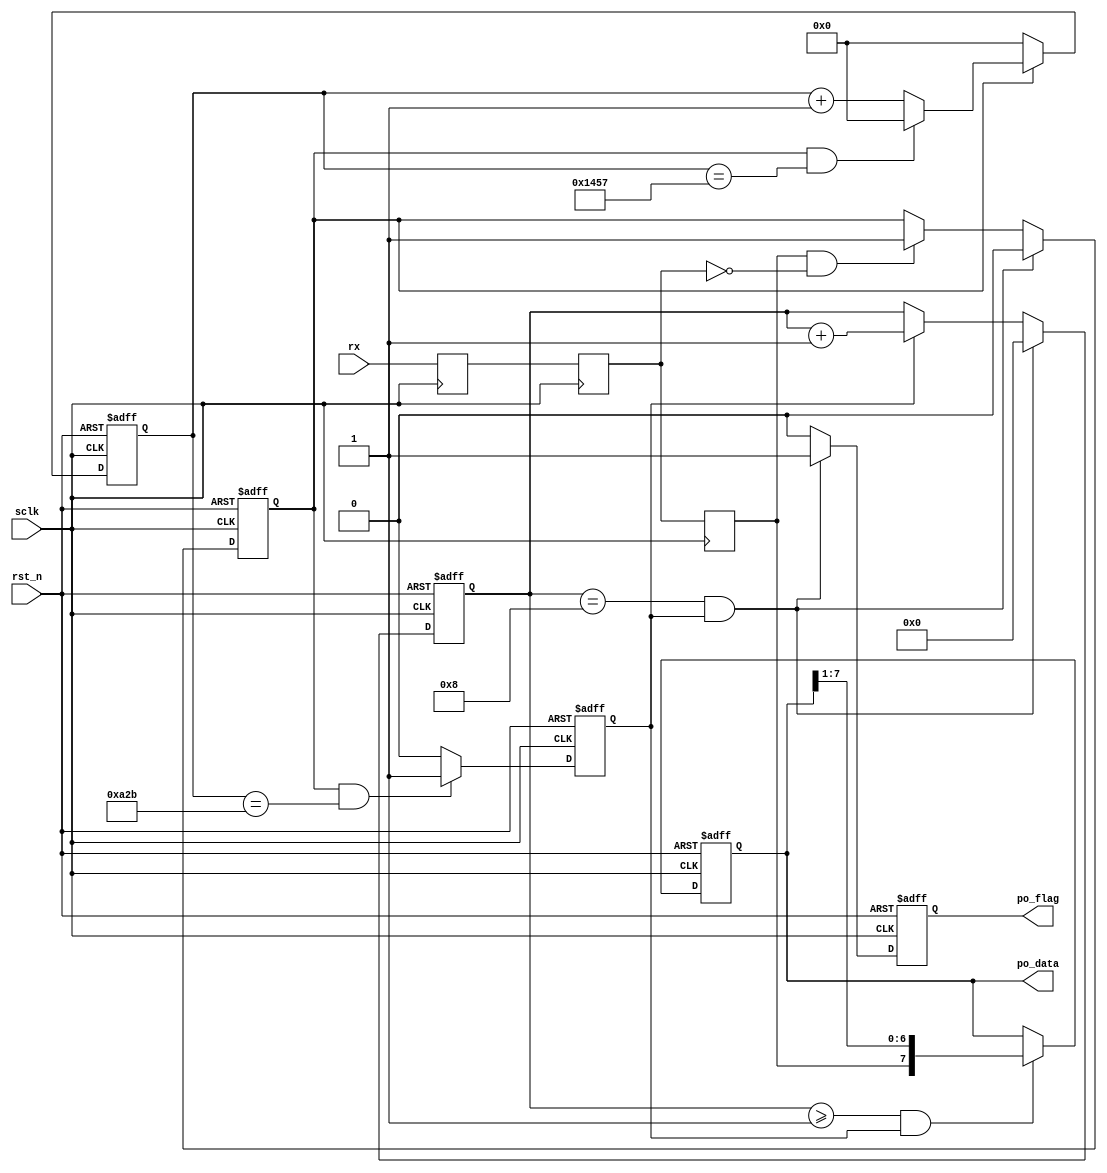

module uart_rx(
	input	wire 				sclk,
	input	wire 				rst_n,
	input	wire 				rx,
	output	reg 	[7:0]		po_data,
	output	reg 				po_flag
	);

parameter 	CNT_BAUD_MAX = 5207;
parameter	CNT_HALF_BAUD_MAX = 2603;
reg 			rx1,rx2,rx2_reg;
reg 			rx_flag;
reg 	[12:0]	cnt_baud;
reg 			bit_flag;
reg 	[3:0]	bit_cnt;

always @(posedge sclk) begin
	{rx2_reg,rx2,rx1}<={rx2,rx1,rx};
end


always @(posedge sclk or negedge  rst_n) begin
	if (rst_n == 1'b0) begin
		rx_flag <= 1'b0;
	end
	else if (bit_cnt == 4'd8 && bit_flag == 1'b1) begin
		rx_flag <= 1'b0;
	end
	else if (rx2_reg == 1'b1 && rx2 == 1'b0) begin
		rx_flag <= 1'b1;
	end
end

always @(posedge sclk or negedge rst_n) begin
	if (rst_n == 1'b0) begin
		cnt_baud <= 'd0;
	end
	else if (rx_flag == 1'b0) begin
		cnt_baud <= 'd0;
	end
	else if (rx_flag == 1'b1 && cnt_baud == CNT_BAUD_MAX) begin
		cnt_baud <= 'd0;
	end
	else if (rx_flag == 1'b1) begin
		cnt_baud <= cnt_baud + 1'b1;
	end
end

always @(posedge sclk or negedge rst_n) begin
	if (rst_n == 1'b0) begin
		bit_flag <= 1'b0;
	end
	else if (rx_flag == 1'b1 && cnt_baud == CNT_HALF_BAUD_MAX) begin
		bit_flag <= 1'b1;
	end
	else begin
		bit_flag <= 1'b0;
	end
end

always @(posedge sclk or negedge rst_n) begin
	if (rst_n == 1'b0) begin
		bit_cnt <= 'd0;
	end
	else if (bit_flag == 1'b1 && bit_cnt == 'd8) begin
		bit_cnt <= 'd0;
	end
	else if (bit_flag == 1'b1) begin
		bit_cnt <= bit_cnt + 1'b1;
	end
end

always @(posedge sclk or negedge rst_n) begin
	if (rst_n == 1'b0) begin
		po_data <='d0;
	end
	else if (bit_cnt >= 4'd1 && bit_flag == 1'b1) begin
		po_data <= {rx2_reg,po_data[7:1]};
	end
end

always @(posedge sclk or negedge rst_n) begin
	if (rst_n == 1'b0) begin	
		po_flag <= 1'b0;
	end
	else if (bit_cnt == 4'd8 && bit_flag == 1'b1) begin
		po_flag <= 1'b1;
	end
	else begin
		po_flag <= 1'b0;
	end
end



endmodule